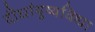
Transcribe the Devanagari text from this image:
दीर्घायुष्यविद्या